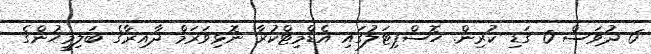
6 ދުވަސް 0 ގަޑި ކުރިން. ހޮސްޕިޓަލުގައި އެޑްމިޓްކުރާ ނޮޅިވަރަމް ދާއިރާގެ ބަލިމީހުންގެ